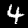
Digit: 4